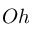
O h